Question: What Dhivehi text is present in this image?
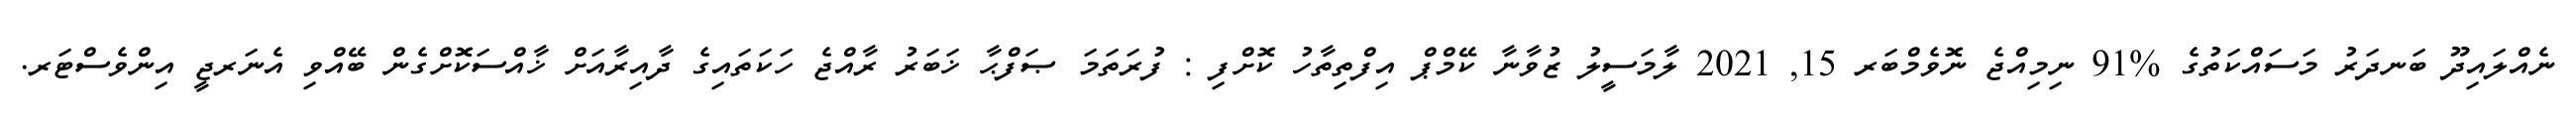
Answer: ނެއްލައިދޫ ބަނދަރު މަސައްކަތުގެ %91 ނިމިއްޖެ ނޮވެމްބަރ 15, 2021 ލާމަސީލު ޒުވާނާ ކޭމްޕް އިފްތިތާހު ކޮށްފި : ފުރަތަމަ ޞަފްޙާ ޚަބަރު ރާއްޖެ ހަކަތައިގެ ދާއިރާއަށް ޚާއްސަކޮށްގެން ބޭއްވި އެނަރޖީ އިންވެސްޓަރ.